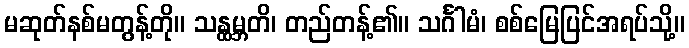
မဆုတ်နစ်မတွန့်တို။ သန္ထမ္ဘတိ၊ တည်တန့်၏။ သင်္ဂါမံ၊ စစ်မြေပြင်အရပ်သို့။